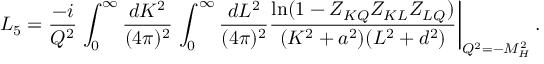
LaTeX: { \cal L } _ { 5 } = \frac { - i } { Q ^ { 2 } } \left. \int _ { 0 } ^ { \infty } \frac { d K ^ { 2 } } { ( 4 \pi ) ^ { 2 } } \, \int _ { 0 } ^ { \infty } \frac { d L ^ { 2 } } { ( 4 \pi ) ^ { 2 } } \frac { \ln ( 1 - Z _ { K Q } Z _ { K L } Z _ { L Q } ) } { ( K ^ { 2 } + a ^ { 2 } ) ( L ^ { 2 } + d ^ { 2 } ) } \right| _ { Q ^ { 2 } = - M _ { H } ^ { 2 } } .